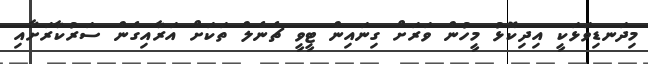
މިދަނޑިވަޅަކީ އިދިކޮޅު މީހުން ވަރަށް ގިނައިން ޓީވީ ޗެނެލް ތަކަށް އަރާއިގެން ސަރުކާރަށާއި